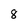
Character: 8